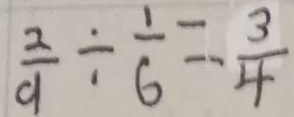
\frac { 2 } { 9 } \div \frac { 1 } { 6 } = - \frac { 3 } { 4 }